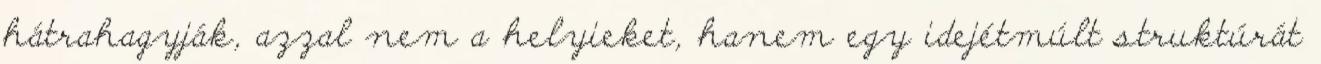
hátrahagyják, azzal nem a helyieket, hanem egy idejétmúlt struktúrát